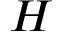
H